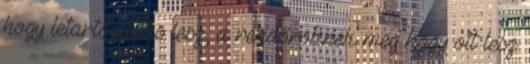
hogy letartóztatás lesz, a rendőröknek meg hogy ott lesz